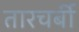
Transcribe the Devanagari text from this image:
तारचर्बी